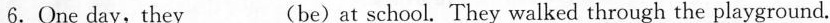
6.One day,they___(be)at school. They walked through the playground.